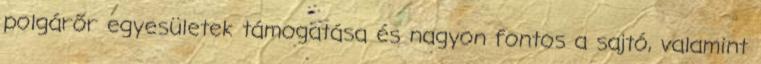
polgárőr egyesületek támogatása és nagyon fontos a sajtó, valamint